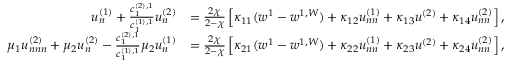
\begin{array} { r l } { u _ { n } ^ { ( 1 ) } + \frac { c _ { 1 } ^ { ( 2 ) , 1 } } { c _ { 1 } ^ { ( 1 ) , 1 } } u _ { n } ^ { ( 2 ) } } & { = \frac { 2 \chi } { 2 - \chi } \left[ \kappa _ { 1 1 } ( w ^ { 1 } - w ^ { 1 , W } ) + \kappa _ { 1 2 } u _ { n n } ^ { ( 1 ) } + \kappa _ { 1 3 } u ^ { ( 2 ) } + \kappa _ { 1 4 } u _ { n n } ^ { ( 2 ) } \right] , } \\ { \mu _ { 1 } u _ { n n n } ^ { ( 2 ) } + \mu _ { 2 } u _ { n } ^ { ( 2 ) } - \frac { c _ { 1 } ^ { ( 2 ) , 1 } } { c _ { 1 } ^ { ( 1 ) , 1 } } \mu _ { 2 } u _ { n } ^ { ( 1 ) } } & { = \frac { 2 \chi } { 2 - \chi } \left[ \kappa _ { 2 1 } ( w ^ { 1 } - w ^ { 1 , W } ) + \kappa _ { 2 2 } u _ { n n } ^ { ( 1 ) } + \kappa _ { 2 3 } u ^ { ( 2 ) } + \kappa _ { 2 4 } u _ { n n } ^ { ( 2 ) } \right] , } \end{array}